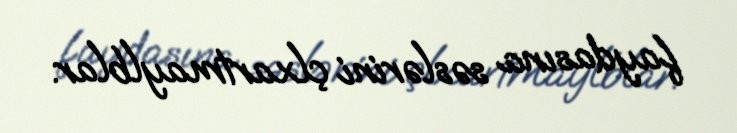
faydasına səslərini çlxartmaylblar.